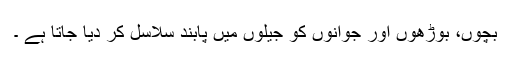
بچوں، بوڑھوں اور جوانوں کو جیلوں میں پابند سلاسل کر دیا جاتا ہے ۔